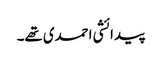
پیدائشی احمدی تھے۔